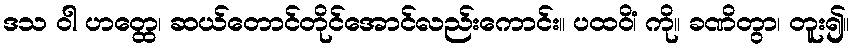
ဒသ ဝါ ဟတ္ထေ၊ ဆယ်တောင်တိုင်အောင်လည်းကောင်း။ ပထဝိံ၊ ကို။ ခဏိတွာ၊ တူး၍။